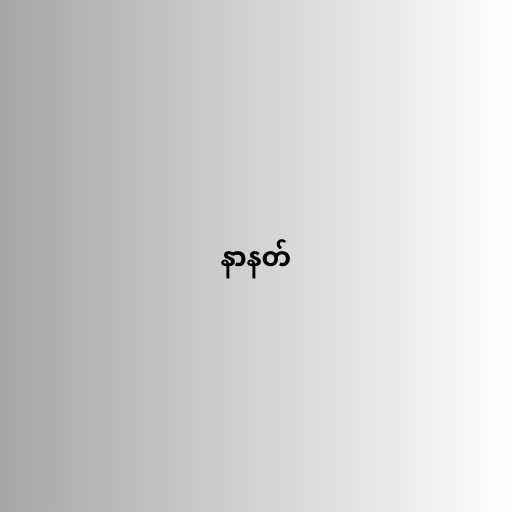
နာနတ်